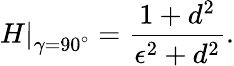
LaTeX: \left.H\right|_{\gamma=90^{\circ}}=\frac{1+d^{2}}{\epsilon^{2}+d^{2}}.